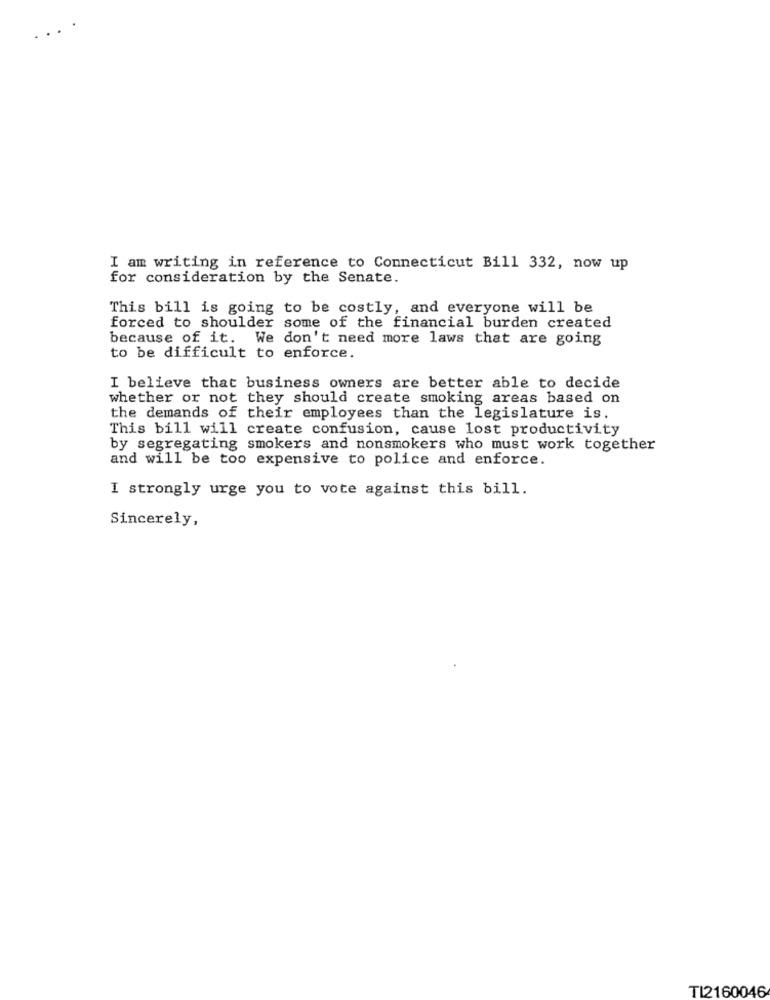
I am writing in reference to Connecticut Bill 332, now up
for consideration by the Senate.
This bill is going to be costly, and everyone will be
forced to shoulder some of the financial burden created
because of it. We don't need more laws that are going
to be difficult to enforce.
I believe that business owners are better able to decide
whether or not they should create smoking areas based on
the demands of their employees than the legislature is.
This bill will create confusion, cause lost productivity
by segregating smokers and nonsmokers who must work together
and will be too expensive to police and enforce.
I strongly urge you to vote against this bill.
Sincerely,
TI2160046